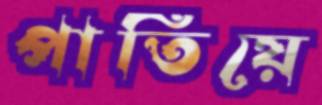
পাতিয়ে